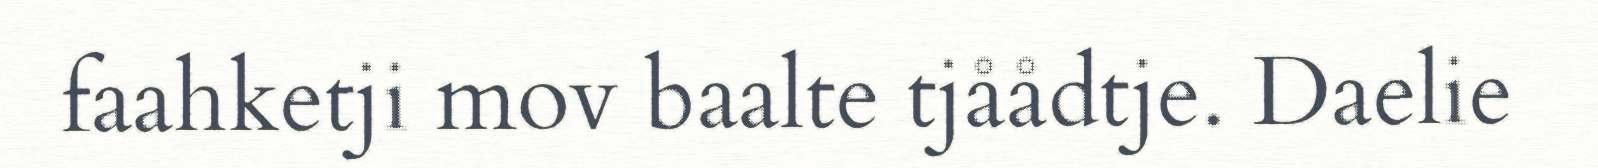
faahketji mov baalte tjåådtje. Daelie